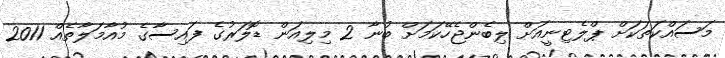
މަސައްކަތަކަށް ޕްލެޓިނީއަށް ލިބެންޖެހޭކަމަށް ބުނާ 2 މިލިއަން ޑޮލަރުގެ ފައިސާގެ މުއާމަލާތެއް 2011